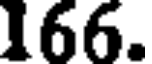
166.